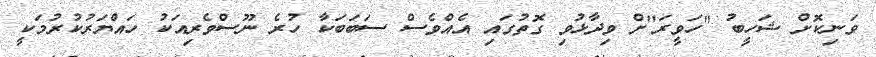
ވަނިކޮށް ޝަހީބު "ހަވީރަ"ށް ވިދާޅުވި ގޮތުގައި އެއްވެސް ސަބަބަކާ ހުރެ ނޫސްވެރިއަކު ހައްޔަރުކުރުމަކީ